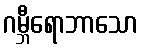
ဂမ္ဘီရောဘာသော